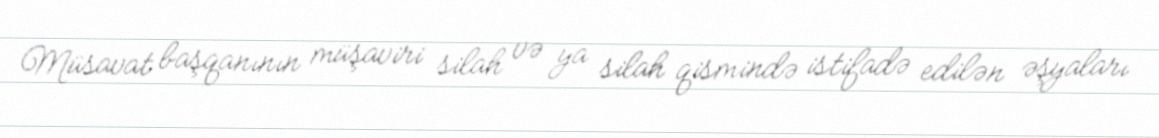
Müsavat başqanının müşaviri silah və ya silah qismində istifadə edilən əşyaları